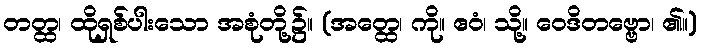
တတ္ထ၊ ထိုရှစ်ပါးသော အစုံတို့၌။ (အတ္ထေ၊ ကို။ ဧဝံ၊ သို့။ ဝေဒိတဗ္ဗော၊ ၏။)